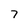
Character: 7